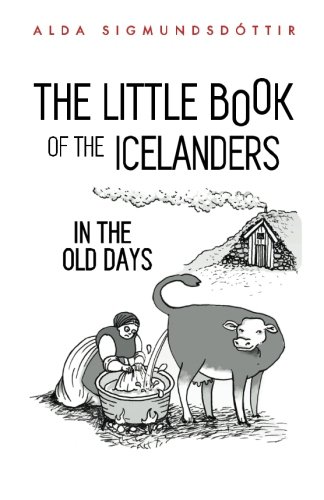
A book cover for The Little Book of the Icelanders in the Old Days; Alda Sigmundsdottir; Travel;